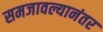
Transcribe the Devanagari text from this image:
समजावल्यानंतर